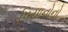
પિયાનોનો